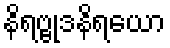
နိရဗ္ဗုဒနိရယော